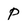
Character: p